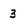
Character: 3